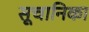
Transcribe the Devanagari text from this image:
सूचानिका